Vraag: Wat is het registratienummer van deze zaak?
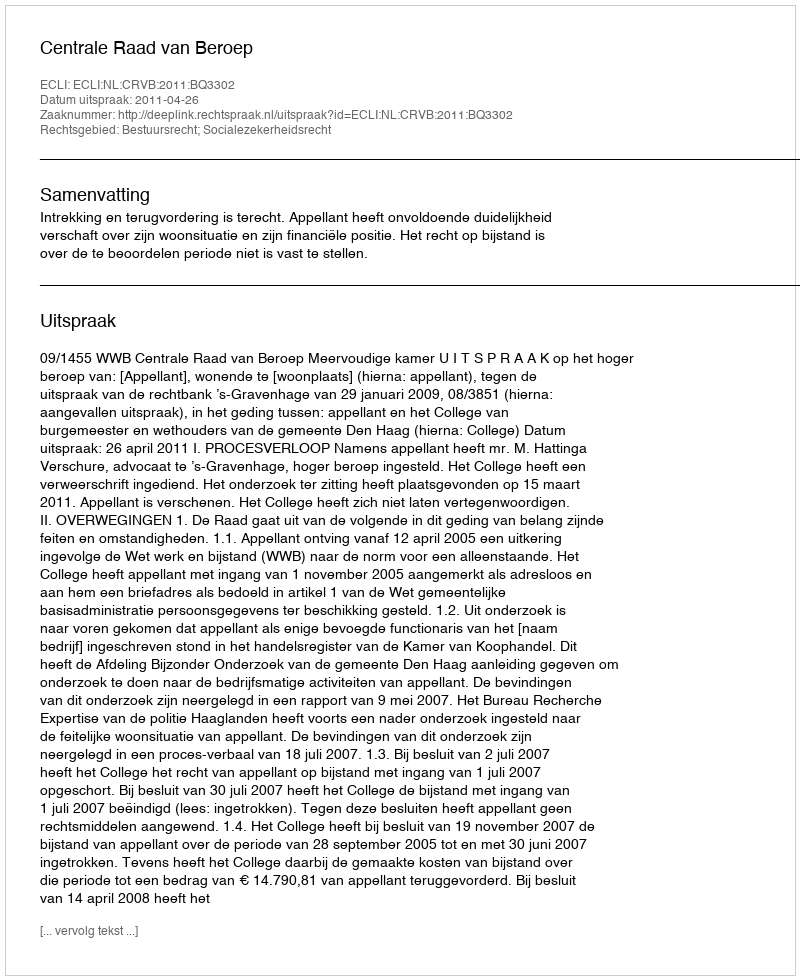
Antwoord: http://deeplink.rechtspraak.nl/uitspraak?id=ECLI:NL:CRVB:2011:BQ3302